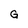
Character: G